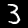
Label: 3